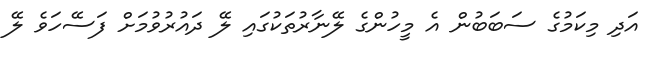
އަދި މިކަމުގެ ސަބަބުން އެ މީހުންގެ ލޭނާރުތަކުގައި ލޭ ދައުރުވުމަށް ފަސޭހަވެ ލޭ